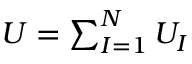
\begin{array} { r } { U = \sum _ { I = 1 } ^ { N } U _ { I } } \end{array}